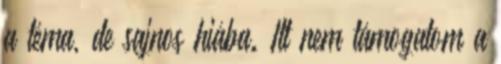
a téma, de sajnos hiába. Itt nem támogatom a